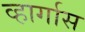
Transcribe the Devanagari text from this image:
व्हार्गास